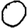
Digit: 0